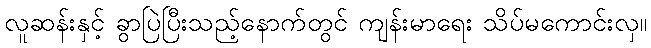
လူဆန်းနှင့် ခွာပြဲပြီးသည့်နောက်တွင် ကျန်းမာရေး သိပ်မကောင်းလှ။